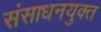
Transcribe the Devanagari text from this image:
संसाधनयुक्त